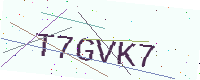
Text: T7GVK7